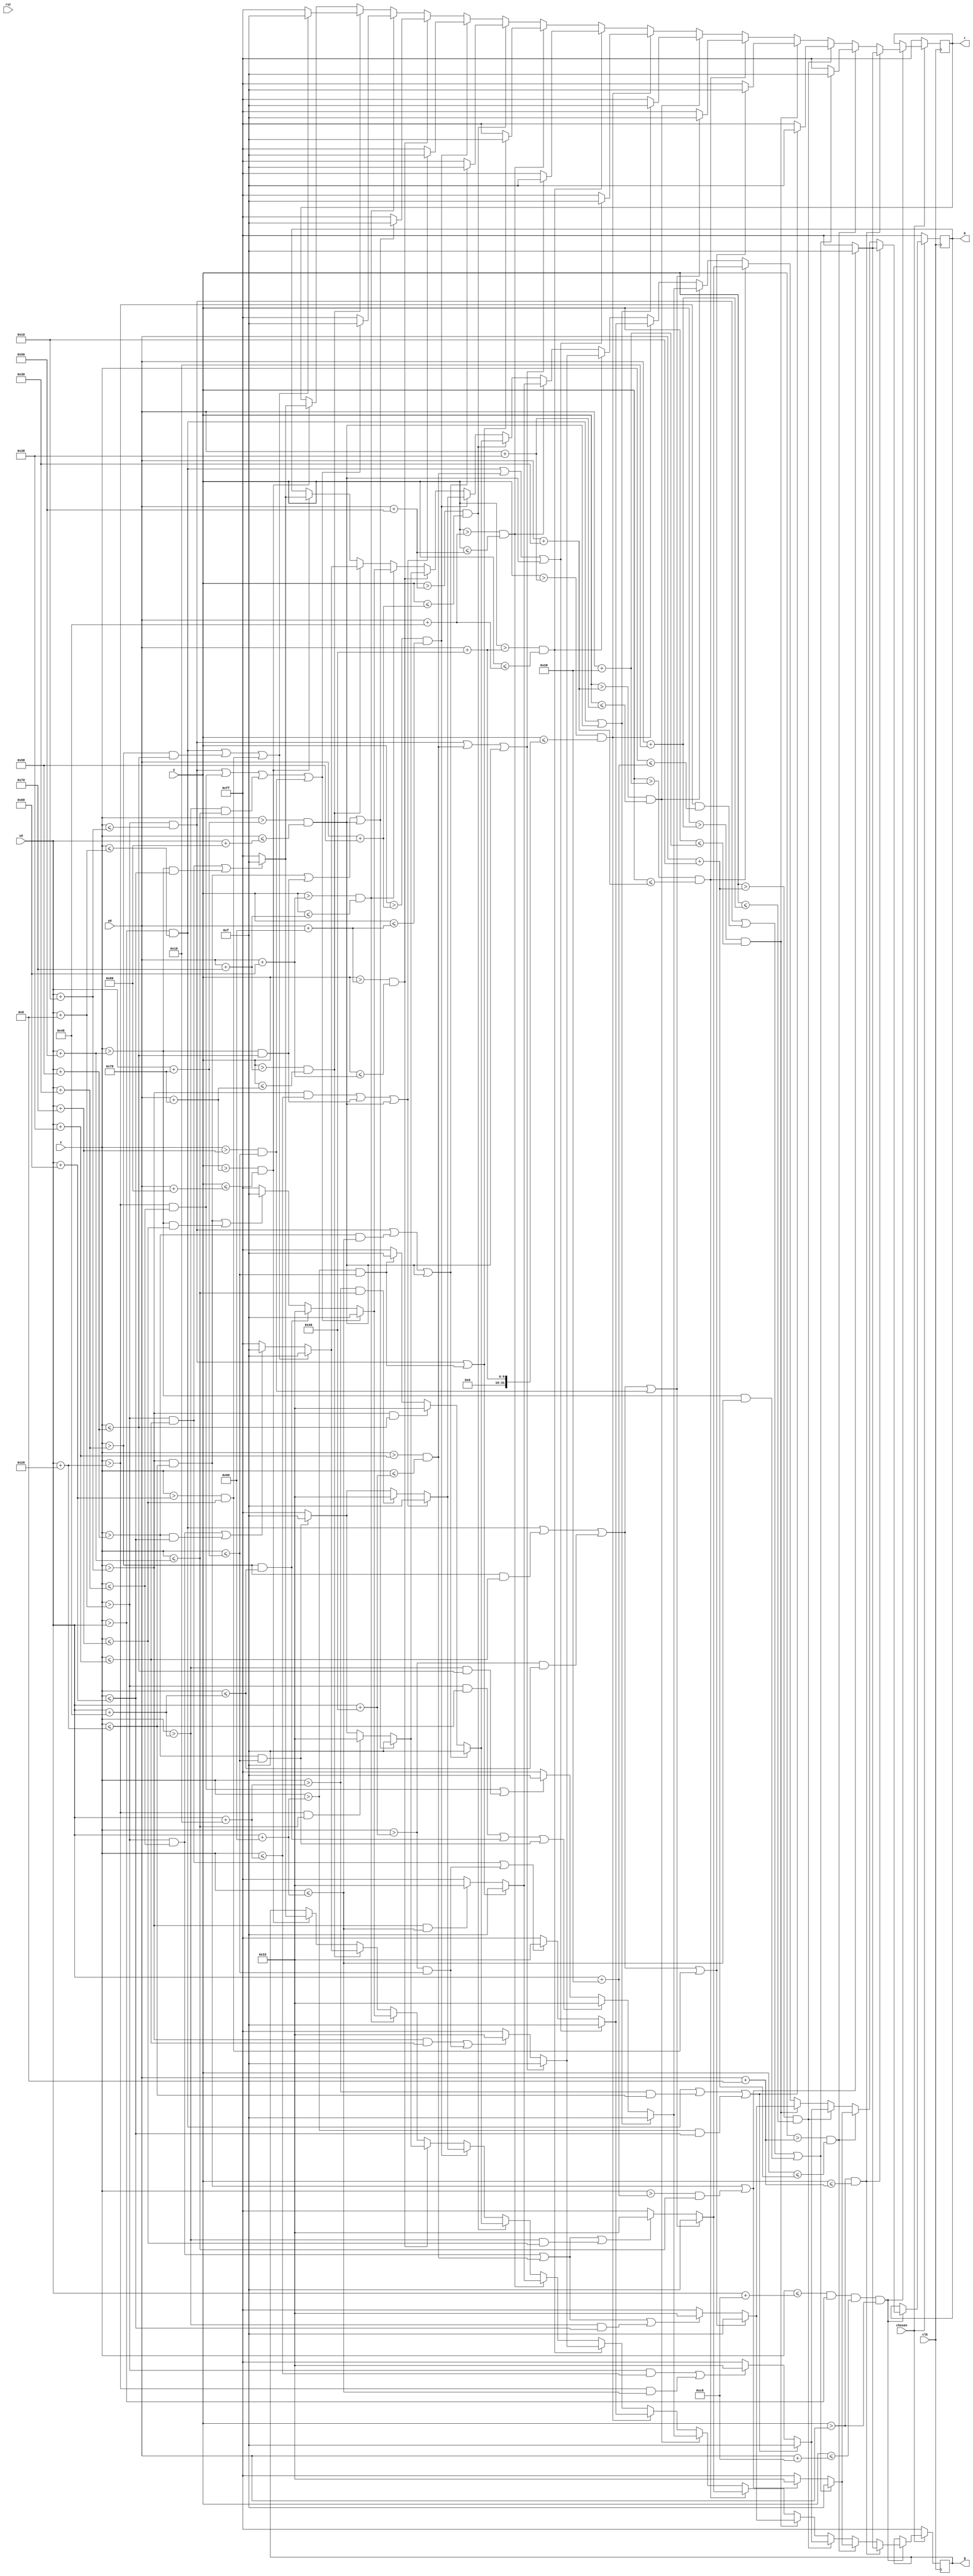
module kirby(clk, rst, x, y, r, g, b, x0, y0, chosen);
	input clk, rst, chosen;
	input [9:0] x, x0;
	input [8:0] y, y0;
	output reg [7:0] r, g, b;
	
	parameter scale = 8;
	
	//16 * 16  scale parameter: 12  --> 192*192

always @(posedge clk) begin
		if(chosen) begin
			if(x <= x0 + 10'b0011001000 & x > x0 & y <= y0 + 9'b011001000 & y > y0) begin
				if(y > y0 & y <= y0 + scale) begin
					if((x > x0 + 2*scale & x <= x0 + 4*scale) | (x > x0 + 5*scale & x <= x0 + 10*scale)) begin
						r <= 8'b00001111;
						g <= 8'b00001111;
						b <= 8'b00001111;
					end else begin
						r <= 8'b11111111;
						g <= 8'b11111111;
						b <= 8'b11111111;
					end
				end else if (y > y0 + scale & y <= y0 + 2*scale) begin
					if((x > x0 + 1*scale & x <= x0 + 2*scale) | (x > x0 + 4*scale & x <= x0 + 5*scale) | (x > x0 + 10*scale & x <= x0 + 12*scale)) begin
						r <= 8'b00001111;
						g <= 8'b00001111;
						b <= 8'b00001111;
					end else if ((x > x0 + 2*scale & x <= x0 + 4*scale) | (x > x0 + 5*scale & x <= x0 + 10*scale)) begin
						r <= 8'b11111111;
						g <= 8'b00110011;
						b <= 8'b00110011;
					end else begin
						r <= 8'b11111111;
						g <= 8'b11111111;
						b <= 8'b11111111;
					end
				end else if (y > y0 + 2*scale & y <= y0 + 3*scale) begin
					if((x > x0 & x <= x0 + scale) | (x > x0 + 3*scale & x <= x0 + 4*scale) | (x > x0 + 12*scale & x <= x0 + 13*scale)) begin
						r <= 8'b00001111;
						g <= 8'b00001111;
						b <= 8'b00001111;
					end else if ((x > x0 + scale & x <= x0 + 3*scale) | (x > x0 + 4*scale & x <= x0 + 12*scale)) begin
						r <= 8'b11111111;
						g <= 8'b00110011;
						b <= 8'b00110011;
					end else begin
						r <= 8'b11111111;
						g <= 8'b11111111;
						b <= 8'b11111111;
					end
				end else if (y > y0 + 3*scale & y <= y0 + 5*scale) begin
					if((x > x0 & x <= x0 + scale) | (x > x0 + 6*scale & x <= x0 + 7*scale) | (x > x0 + 8*scale & x <= x0 + 9*scale) | (x > x0 + 13*scale & x <= x0 + 14*scale)) begin
						r <= 8'b00001111;
						g <= 8'b00001111;
						b <= 8'b00001111;
					end else if ((x > x0 + scale & x <= x0 + 6*scale) | (x > x0 + 7*scale & x <= x0 + 8*scale) | (x > x0 + 9*scale & x <= x0 + 13*scale)) begin
						r <= 8'b11111111;
						g <= 8'b00110011;
						b <= 8'b00110011;
					end else begin
						r <= 8'b11111111;
						g <= 8'b11111111;
						b <= 8'b11111111;
					end
				end else if (y > y0 + 5*scale & y <= y0 + 6*scale) begin
					if((x > x0 & x <= x0 + scale) | (x > x0 + 6*scale & x <= x0 + 7*scale) | (x > x0 + 8*scale & x <= x0 + 9*scale) | (x > x0 + 14*scale & x <= x0 + 15*scale)) begin
						r <= 8'b00001111;
						g <= 8'b00001111;
						b <= 8'b00001111;
					end else if ((x > x0 + scale & x <= x0 + 6*scale) | (x > x0 + 7*scale & x <= x0 + 8*scale) | (x > x0 + 9*scale & x <= x0 + 14*scale)) begin
						r <= 8'b11111111;
						g <= 8'b00110011;
						b <= 8'b00110011;
					end else begin
						r <= 8'b11111111;
						g <= 8'b11111111;
						b <= 8'b11111111;
					end
				end else if (y > y0 + 6*scale & y <= y0 + 7*scale) begin
					if((x > x0 & x <= x0 + scale) | (x > x0 + 15*scale & x <= x0 + 16*scale)) begin
						r <= 8'b00001111;
						g <= 8'b00001111;
						b <= 8'b00001111;
					end else if ((x > x0 + scale & x <= x0 + 4*scale) | (x > x0 + 6*scale & x <= x0 + 9*scale) | (x > x0 + 11*scale & x <= x0 + 15*scale)) begin
						r <= 8'b11111111;
						g <= 8'b00110011;
						b <= 8'b00110011;
					end else if ((x > x0 + 4*scale & x <= x0 + 6*scale) | (x > x0 + 9*scale & x <= x0 + 11*scale)) begin
						r <= 8'b11111111;
						g <= 8'b00001111;
						b <= 8'b00001111;
					end else begin
						r <= 8'b11111111;
						g <= 8'b11111111;
						b <= 8'b11111111;
					end
				end else if (y > y0 + 7*scale & y <= y0 + 8*scale) begin
					if((x > x0 & x <= x0 + scale) | (x > x0 + 7*scale & x <= x0 + 8*scale) | (x > x0 + 15*scale & x <= x0 + 16*scale)) begin
						r <= 8'b00001111;
						g <= 8'b00001111;
						b <= 8'b00001111;
					end else if ((x > x0 + scale & x <= x0 + 7*scale) | (x > x0 + 8*scale & x <= x0 + 15*scale)) begin
						r <= 8'b11111111;
						g <= 8'b00110011;
						b <= 8'b00110011;
					end else begin
						r <= 8'b11111111;
						g <= 8'b11111111;
						b <= 8'b11111111;
					end
				end else if (y > y0 + 8*scale & y <= y0 + 9*scale) begin
					if((x > x0 + scale & x <= x0 + 2*scale) | (x > x0 + 7*scale & x <= x0 + 8*scale) | (x > x0 + 15*scale & x <= x0 + 16*scale)) begin
						r <= 8'b00001111;
						g <= 8'b00001111;
						b <= 8'b00001111;
					end else if ((x > x0 + 2*scale & x <= x0 + 7*scale) | (x > x0 + 8*scale & x <= x0 + 15*scale)) begin
						r <= 8'b11111111;
						g <= 8'b00110011;
						b <= 8'b00110011;
					end else begin
						r <= 8'b11111111;
						g <= 8'b11111111;
						b <= 8'b11111111;
					end
				end else if (y > y0 + 9*scale & y <= y0 + 10*scale) begin
					if((x > x0 + scale & x <= x0 + 2*scale) | (x > x0 + 12*scale & x <= x0 + 15*scale)) begin
						r <= 8'b00001111;
						g <= 8'b00001111;
						b <= 8'b00001111;
					end else if (x > x0 + 2*scale & x <= x0 + 12*scale) begin
						r <= 8'b11111111;
						g <= 8'b00110011;
						b <= 8'b00110011;
					end else begin
						r <= 8'b11111111;
						g <= 8'b11111111;
						b <= 8'b11111111;
					end	
				end else if (y > y0 + 10*scale & y <= y0 + 11*scale) begin
					if((x > x0 + scale & x <= x0 + 2*scale) | (x > x0 + 11*scale & x <= x0 + 12*scale) | (x > x0 + 15*scale & x <= x0 + 16*scale)) begin
						r <= 8'b00001111;
						g <= 8'b00001111;
						b <= 8'b00001111;
					end else if (x > x0 + 2*scale & x <= x0 + 11*scale) begin
						r <= 8'b11111111;
						g <= 8'b00110011;
						b <= 8'b00110011;
					end else if (x > x0 + 12*scale & x <= x0 + 15*scale) begin
						r <= 8'b11111111;
						g <= 8'b00001111;
						b <= 8'b00001111;
					end else begin
						r <= 8'b11111111;
						g <= 8'b11111111;
						b <= 8'b11111111;
					end	
				end else if (y > y0 + 11*scale & y <= y0 + 12*scale) begin
					if((x > x0 + 2*scale & x <= x0 + 3*scale) | (x > x0 + 10*scale & x <= x0 + 11*scale) | (x > x0 + 15*scale & x <= x0 + 16*scale)) begin
						r <= 8'b00001111;
						g <= 8'b00001111;
						b <= 8'b00001111;
					end else if (x > x0 + 3*scale & x <= x0 + 10*scale) begin
						r <= 8'b11111111;
						g <= 8'b00110011;
						b <= 8'b00110011;
					end else if (x > x0 + 11*scale & x <= x0 + 15*scale) begin
						r <= 8'b11111111;
						g <= 8'b00001111;
						b <= 8'b00001111;
					end else begin
						r <= 8'b11111111;
						g <= 8'b11111111;
						b <= 8'b11111111;
					end				
				end else if (y > y0 + 12*scale & y <= y0 + 13*scale) begin
					if((x > x0 + 2*scale & x <= x0 + 4*scale) | (x > x0 + 10*scale & x <= x0 + 11*scale) | (x > x0 + 15*scale & x <= x0 + 16*scale)) begin
						r <= 8'b00001111;
						g <= 8'b00001111;
						b <= 8'b00001111;
					end else if (x > x0 + 4*scale & x <= x0 + 10*scale) begin
						r <= 8'b11111111;
						g <= 8'b00110011;
						b <= 8'b00110011;
					end else if (x > x0 + 11*scale & x <= x0 + 15*scale) begin
						r <= 8'b11111111;
						g <= 8'b00001111;
						b <= 8'b00001111;
					end else begin
						r <= 8'b11111111;
						g <= 8'b11111111;
						b <= 8'b11111111;
					end		
				end else if (y > y0 + 13*scale & y <= y0 + 14*scale) begin
					if((x > x0 + scale & x <= x0 + 2*scale) | (x > x0 + 4*scale & x <= x0 + 6*scale) | (x > x0 + 9*scale & x <= x0 + 10*scale) | (x > x0 + 14*scale & x <= x0 + 15*scale)) begin
						r <= 8'b00001111;
						g <= 8'b00001111;
						b <= 8'b00001111;
					end else if (x > x0 + 6*scale & x <= x0 + 9*scale) begin
						r <= 8'b11111111;
						g <= 8'b00110011;
						b <= 8'b00110011;
					end else if ((x > x0 + 2*scale & x <= x0 + 4*scale) | (x > x0 + 10*scale & x <= x0 + 14*scale)) begin
						r <= 8'b11111111;
						g <= 8'b00001111;
						b <= 8'b00001111;
					end else begin
						r <= 8'b11111111;
						g <= 8'b11111111;
						b <= 8'b11111111;
					end	
				end else if (y > y0 + 14*scale & y <= y0 + 15*scale) begin
					if((x > x0 & x <= x0 + scale) | (x > x0 + 6*scale & x <= x0 + 11*scale) | (x > x0 + 13*scale & x <= x0 + 14*scale)) begin
						r <= 8'b00001111;
						g <= 8'b00001111;
						b <= 8'b00001111;
					end else if ((x > x0 + scale & x <= x0 + 6*scale) | (x > x0 + 11*scale & x <= x0 + 13*scale)) begin
						r <= 8'b11111111;
						g <= 8'b00001111;
						b <= 8'b00001111;
					end else begin
						r <= 8'b11111111;
						g <= 8'b11111111;
						b <= 8'b11111111;
					end	
				end else if (y > y0 + 15*scale & y <= y0 + 16*scale) begin
					if((x > x0 + scale & x <= x0 + 7*scale) | (x > x0 + 10*scale & x <= x0 + 13*scale)) begin
						r <= 8'b00001111;
						g <= 8'b00001111;
						b <= 8'b00001111;
					end else begin
						r <= 8'b11111111;
						g <= 8'b11111111;
						b <= 8'b11111111;
					end	
				end
			end 
		end else begin
			r <= 8'b11111111;
			g <= 8'b11111111;
			b <= 8'b11111111;
		end
	end 
	
endmodule